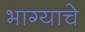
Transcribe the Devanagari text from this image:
भाग्याचे